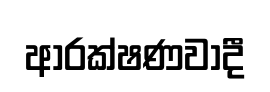
ආරක්ෂණවාදී